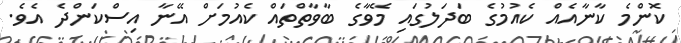
ކޮންމެ ކާނާއެއް ކެއުމުގެ ބަދަލުގައި މޭވާގެ ބާވާތްތައް ކެއުުމަށް އޭނާ އިސްކަންދެ އެވެ.